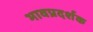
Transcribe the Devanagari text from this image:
भावप्रदर्शक